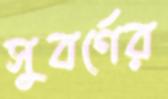
সুবর্ণের